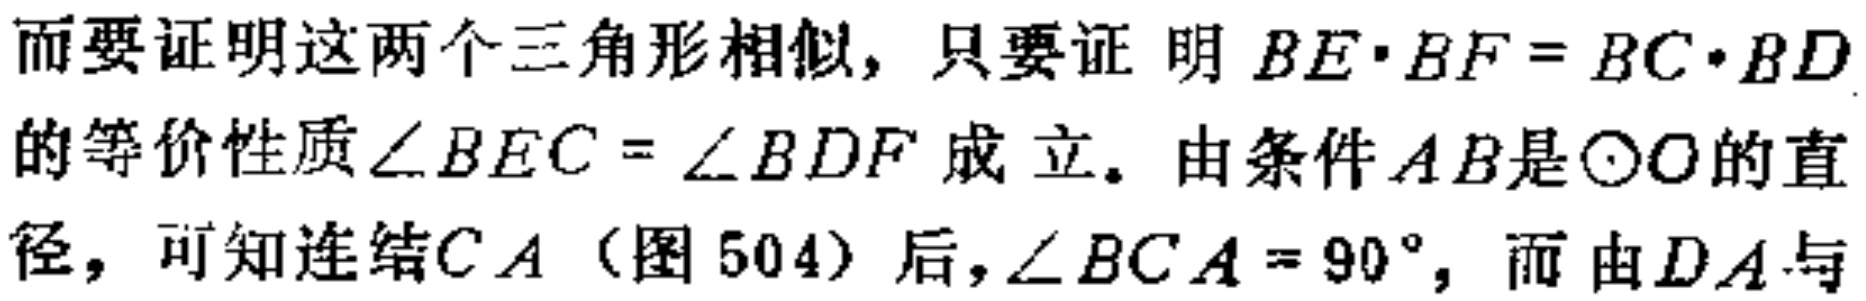
而要证明这两个三角形相似，只要证 明 \(BE\cdot BF = BC\cdot BD\)的等价性质\(\angle BEC = \angle BDF\) 成 立。由条件\(AB\)是\(\odot O\)的直径，可知连结\(CA\)（图504）后，\(\angle BCA = 90^{\circ}\)，而 由\(DA\)与